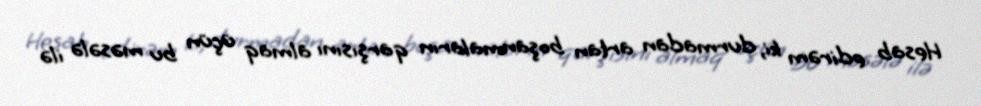
Hesab edirəm ki, durmadan artan boşanmaların qarşısını almaq üçün bu məsələ ilə